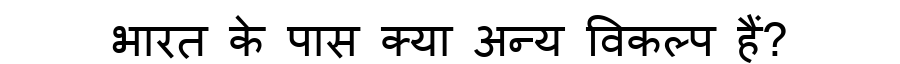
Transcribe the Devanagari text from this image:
भारत के पास क्या अन्य विकल्प हैं?